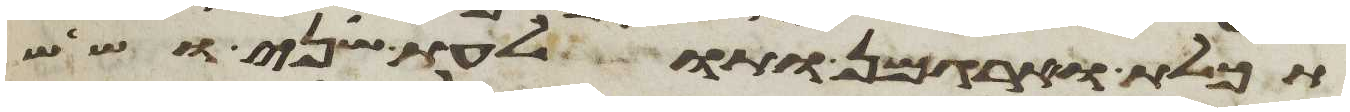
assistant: תכלת וארגמן ותולעת שני ושש